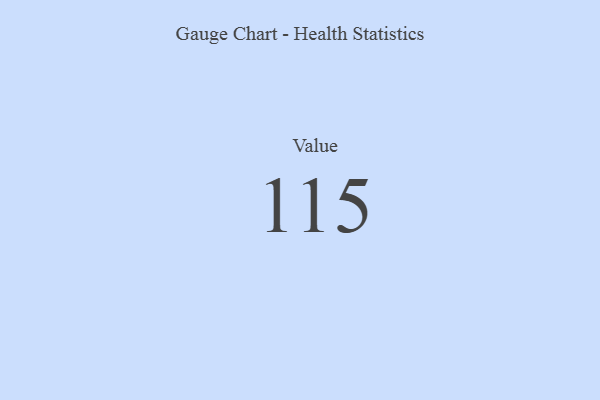
{"axis": {"x": "Metric", "y": "Value"}, "legend": [""], "data": [{"x": "Value", "y": 115, "type": ""}]}